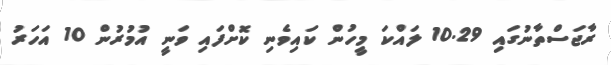
ރާޖަސްތާނުގައި 10.29 ލައްކަ މީހުން ކައިވެނި ކޮށްފައި ވަނީ އުމުރުން 10 އަހަރު